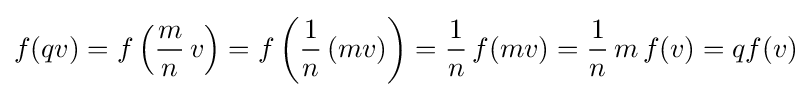
f(qv)=f\left({\frac {m}{n}}\,v\right)=f\left({\frac {1}{n}}\,(mv)\right)={\frac {1}{n}}\,f(mv)={\frac {1}{n}}\,m\,f(v)=qf(v)